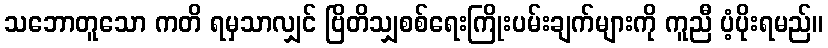
သဘောတူသော ကတိ ရမှသာလျှင် ဗြိတိသျှစစ်ရေးကြိုးပမ်းချက်များကို ကူညီ ပံ့ပိုးရမည်။